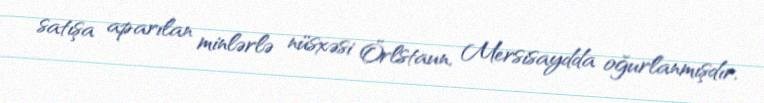
satışa aparılan minlərlə nüsxəsi Örlstaun, Mersisaydda oğurlanmışdır.